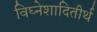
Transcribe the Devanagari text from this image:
विघ्नेशादितीर्थ